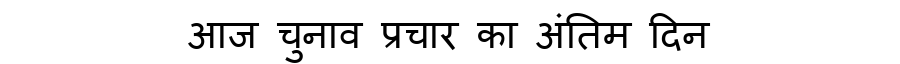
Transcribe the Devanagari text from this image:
आज चुनाव प्रचार का अंतिम दिन